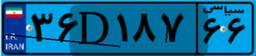
۲۳D۹۱۶۸۶